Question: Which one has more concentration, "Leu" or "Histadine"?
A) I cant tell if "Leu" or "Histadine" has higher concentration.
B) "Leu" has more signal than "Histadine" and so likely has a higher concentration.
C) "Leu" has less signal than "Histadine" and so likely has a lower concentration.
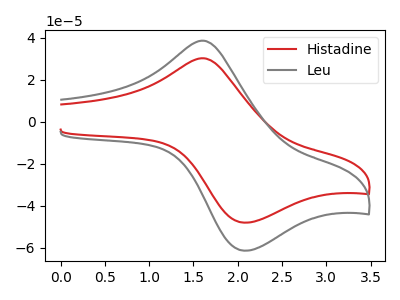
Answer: <think>The red curve "Histadine" has an anodic peak at (1.60V, 30.10uA) and a cathodic peak at (2.10V, -48.05uA). The gray curve "Leu" has an anodic peak at (1.60V, 38.45uA) and a cathodic peak at (2.10V, -61.40uA).
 All the peaks in "Leu" have a peak in "Histadine" at the same potential. Every peak in "Leu" is higher than every peak in "Histadine".</think>
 <answer>B) "Leu" has more signal than "Histadine" and so likely has a higher concentration.</answer>
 <eval>B</eval>